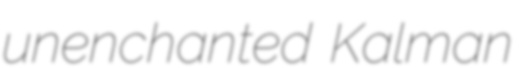
unenchanted Kalman